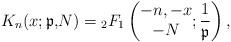
LaTeX: \begin{gather*}K_{n} ( x;\mathfrak{p,}N ) ={}_{2}F_{1}\left(\begin{matrix}-n,-x\\-N\end{matrix};\frac{1}{\mathfrak{p}}\right) ,\end{gather*}